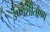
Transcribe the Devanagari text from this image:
उष्णशीतोष्ण